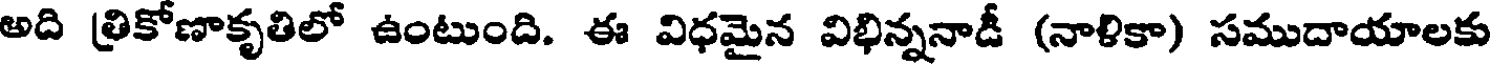
అది త్రికోణాకృతిలో ఉంటుంది. ఈ విధమైన విభిన్ననాడీ (నాళికా) సముదాయాలకు